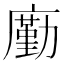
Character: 㢙